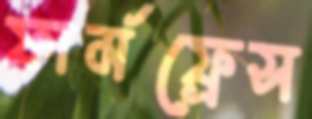
ফার্মফ্রেস